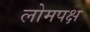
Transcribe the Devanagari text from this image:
लोमपक्ष